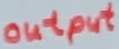
Text: output